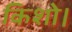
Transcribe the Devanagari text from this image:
किशो।